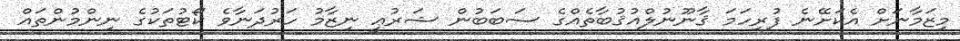
މިޒަމާނަށް އެކަށޭނެ ފުރިހަމަ ޤާނޫނުލްއުޤުބާތެއްގެ ސަބަބުން ޝަރުޢީ ނިޒާމު ހަރުދަނާވެ ކޯޓުތަކުގެ ނިންމުންތައް